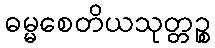
ဓမ္မစေတိယသုတ္တဉ္စ